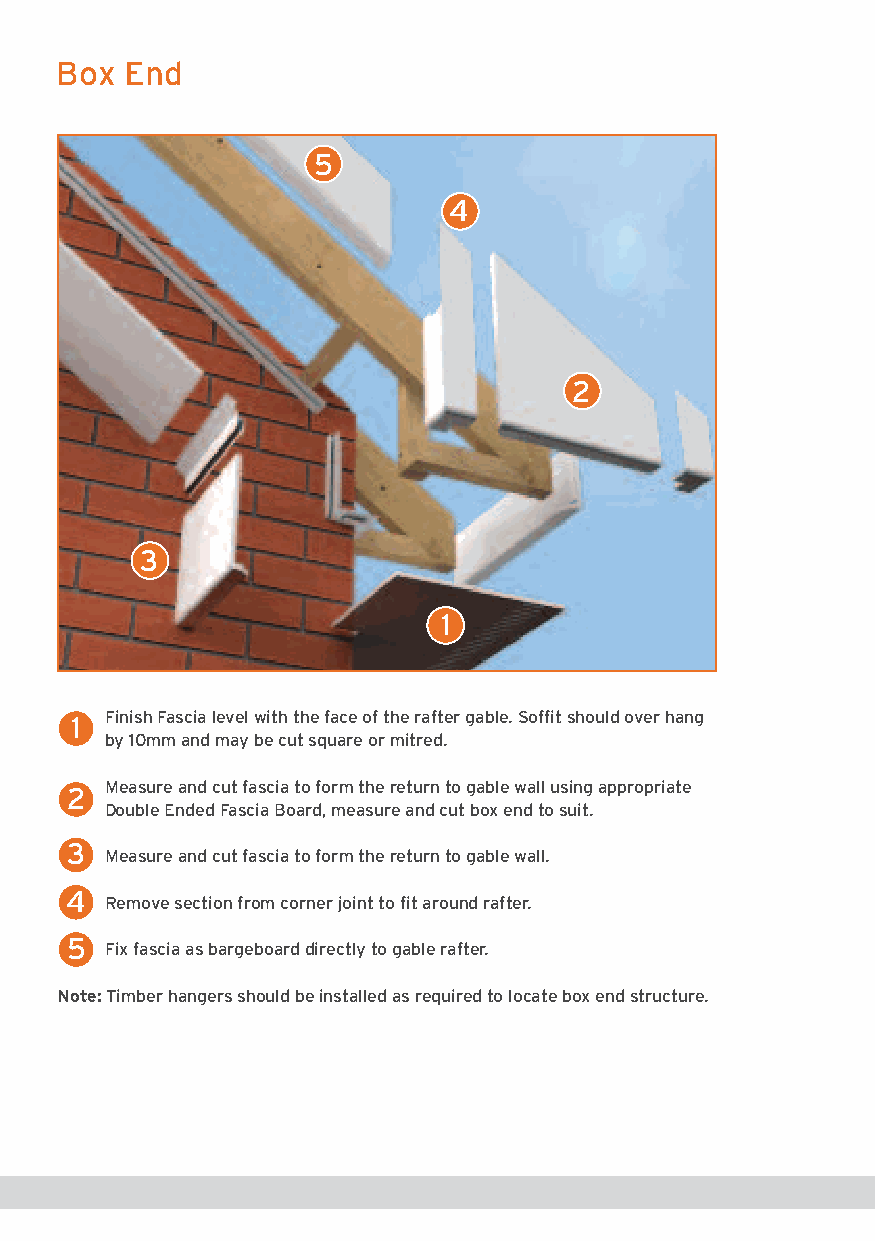
Box  End
 5
 4
 2
 3
 1
 1 Finish Fascia level with the face of the rafter gable. Soffit should over hang
 by 10mm and may be cut square or mitred.
 2 Measure and cut fascia to form the return to gable wall using appropriate
 Double Ended Fascia Board, measure and cut box end to suit.
 3
 Measure and cut fascia to form the return to gable wall.
 4
 Remove section from corner joint to fit around rafter.
 5
 Fix fascia as bargeboard directly to gable rafter.
 Note: Timber hangers should be installed as required to locate box end structure.